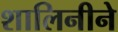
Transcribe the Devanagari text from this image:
शालिनीने